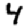
Digit: 4